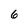
Character: 6